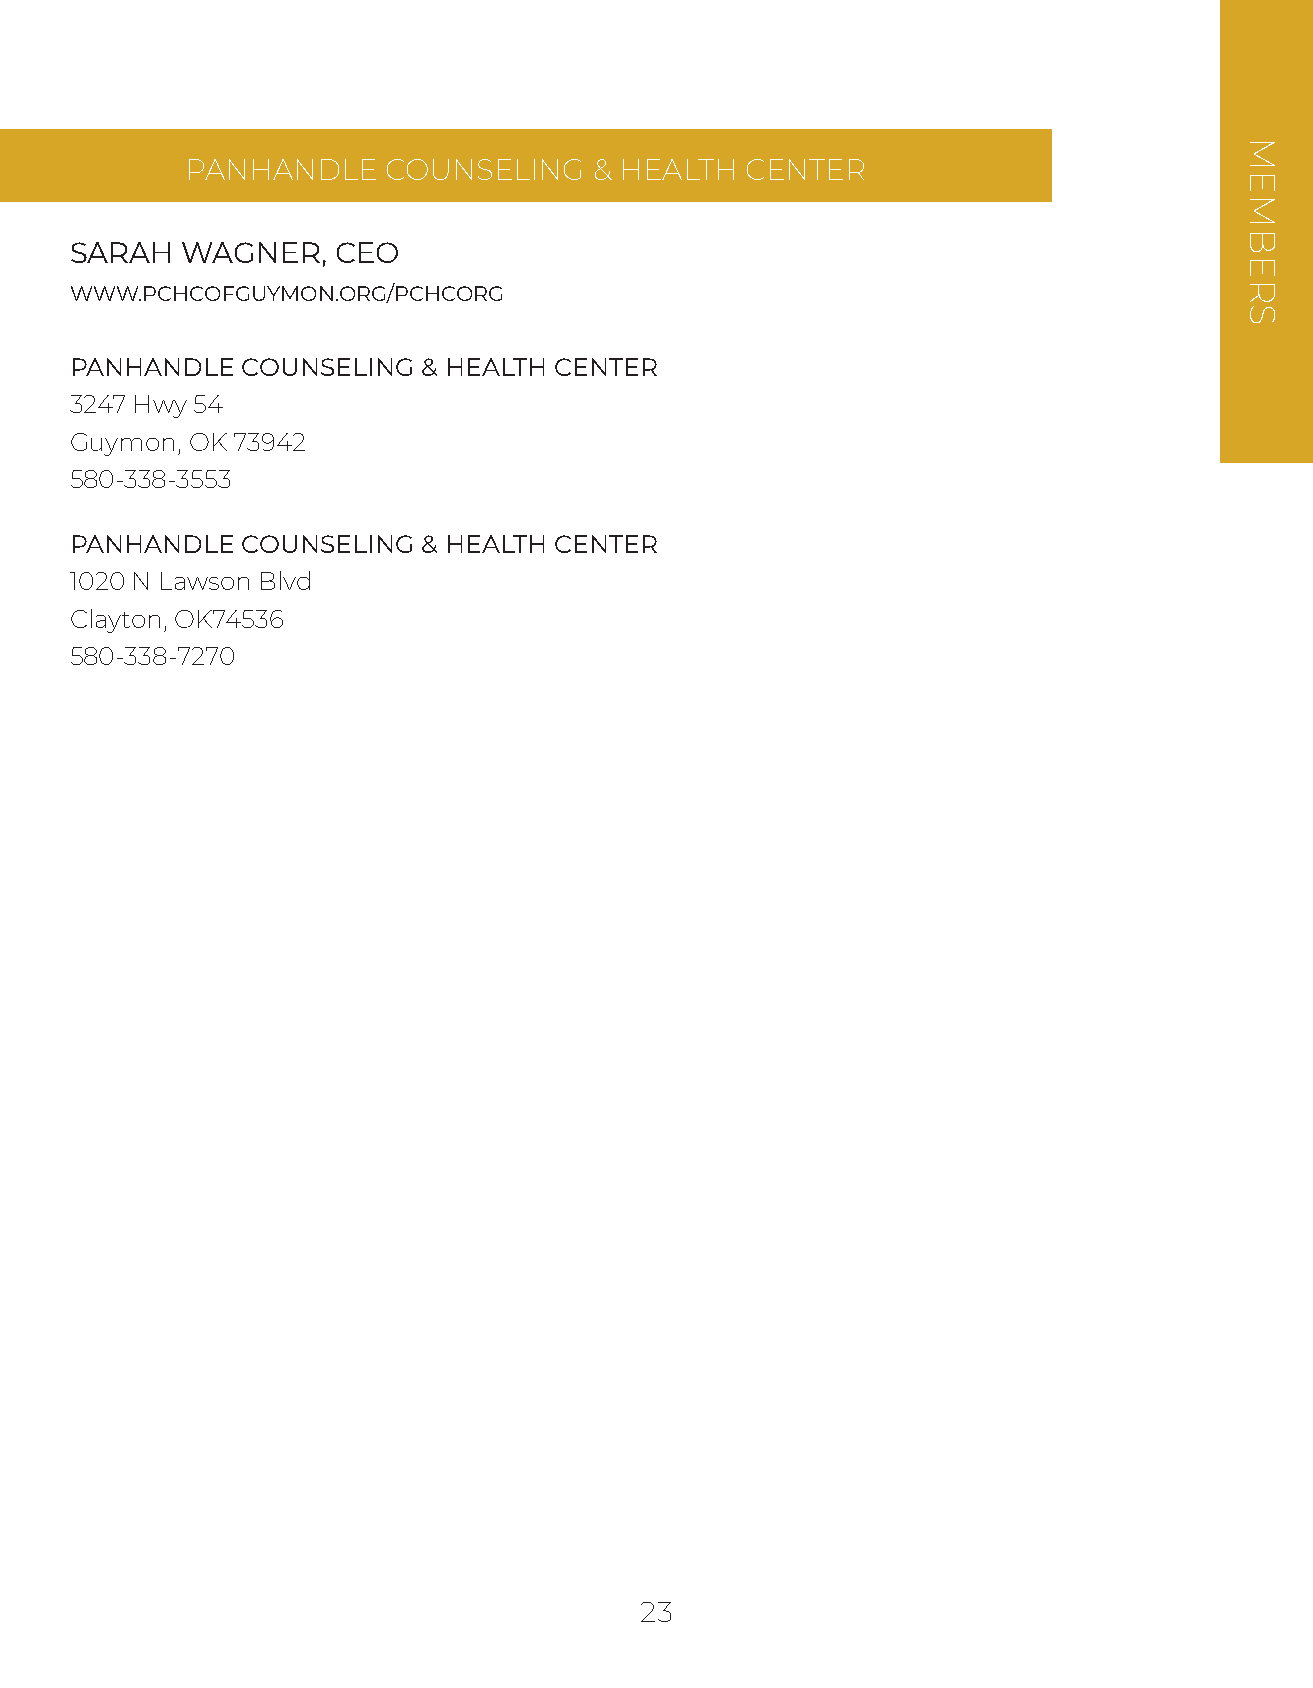
PANHANDLE    COUNSELING    & HEALTH  CENTER
 SARAH  WAGNER,   CEO
 WWW.PCHCOFGUYMON.ORG/PCHCORG
 PANHANDLE  COUNSELING  & HEALTH CENTER
 3247 Hwy 54
 Guymon, OK 73942
 580-338-3553
 PANHANDLE  COUNSELING  & HEALTH CENTER
 1020 N Lawson Blvd
 Clayton, OK74536
 580-338-7270
 23
 MEMBERS